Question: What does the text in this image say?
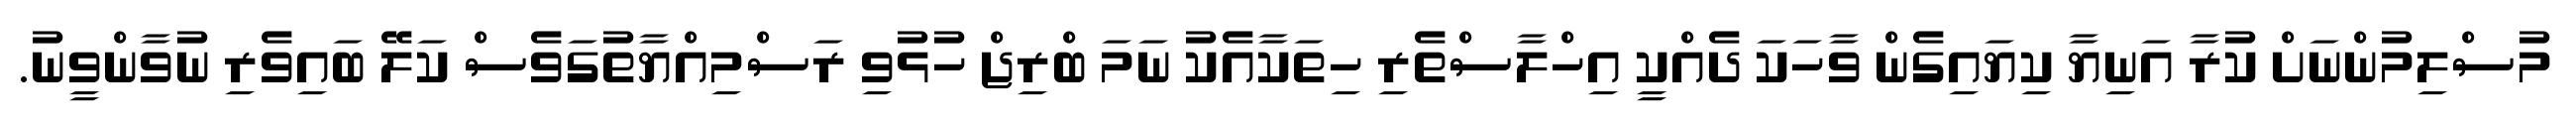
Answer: މުސްލިމުންނަށް ކުރާ އަނިޔާ ކިޔައިގެން ވާހަކަ ދެއްކީ އިހްލާސްތެރި ހިތަކާއެކު ނަމަ ބްރިޖް ހުޅުވި ރަސްމިއްޔާތުގަވެސް ކަލޭ ބައިވެރި ނުވާންވީނު.